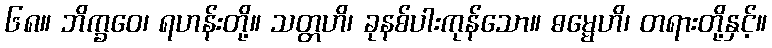
၆၈။ ဘိက္ခဝေ၊ ရဟန်းတို့။ သတ္တဟိ၊ ခုနစ်ပါးကုန်သော။ ဓမ္မေဟိ၊ တရားတို့နှင့်။